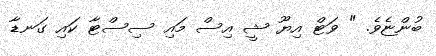
ބުންޏެވެ. " ވަޓް އިޔޫ ޝީ އިސް މައި ސިސްޓާ ކައި ގަނޑާ